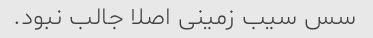
سس سیب زمینی اصلا جالب نبود.